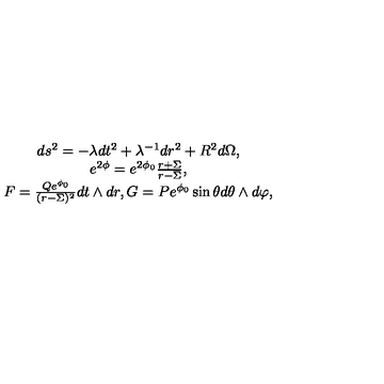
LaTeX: \begin{array} { c } { d s ^ { 2 } = - \lambda d t ^ { 2 } + \lambda ^ { - 1 } d r ^ { 2 } + R ^ { 2 } d \Omega , } \\ { e ^ { 2 \phi } = e ^ { 2 \phi _ { 0 } } \frac { r + \Sigma } { r - \Sigma } , } \\ { F = \frac { Q e ^ { \phi _ { 0 } } } { ( r - \Sigma ) ^ { 2 } } d t \wedge d r , G = P e ^ { \phi _ { 0 } } \sin \theta d \theta \wedge d \varphi , } \\ \end{array}